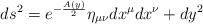
\begin{align*}ds^2 = e^{- \frac{A(y)}{2}} \eta_{\mu \nu} dx^{\mu} dx^{\nu} + dy^2\end{align*}